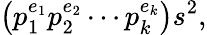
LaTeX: \left(p_{1}^{e_{1}}p_{2}^{e_{2}}\cdots p_{k}^{e_{k}}\right)s^{2},